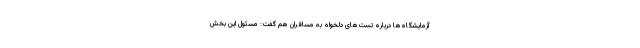
آزمایشگاه‌ها درباره تست‌های دلخواه به مسافران هم گفت: مسئول این بخش